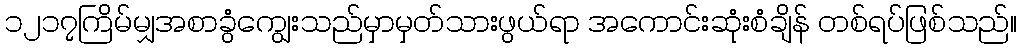
၁၂၁၇ကြိမ်မျှအစာခွံကျွေးသည်မှာမှတ်သားဖွယ်ရာ အကောင်းဆုံးစံချိန် တစ်ရပ်ဖြစ်သည်။